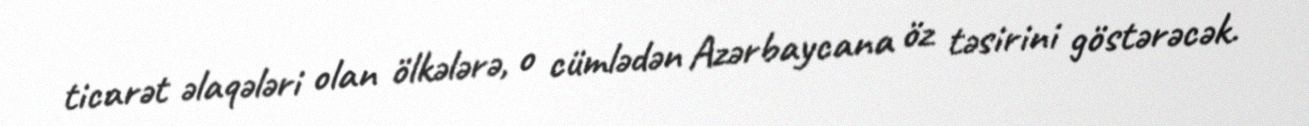
ticarət əlaqələri olan ölkələrə, o cümlədən Azərbaycana öz təsirini göstərəcək.